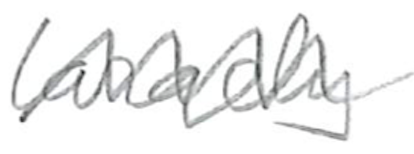
Text: largely
Cross-out: zig-zag
Writing tool: pencil